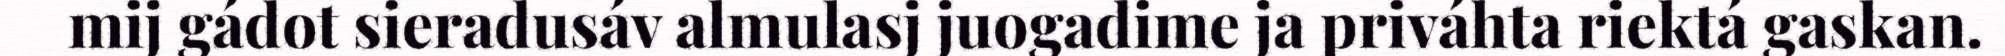
mij gádot sieradusáv almulasj juogadime ja priváhta riektá gaskan.